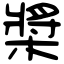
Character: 槳